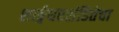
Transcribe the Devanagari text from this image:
शार्ङ्गधरसंहितेचा